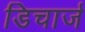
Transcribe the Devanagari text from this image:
डिचार्ज